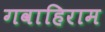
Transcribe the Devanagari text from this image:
गवाहिराम